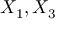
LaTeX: X _ { 1 } , X _ { 3 }